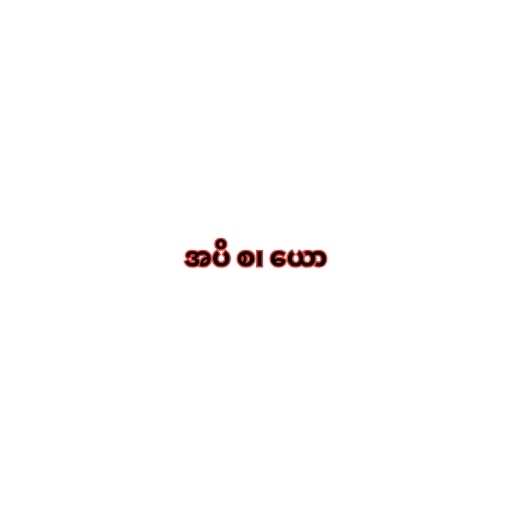
အပိ စ၊ ယော